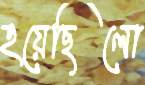
হয়েছিলো